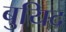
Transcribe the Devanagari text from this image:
बुयिद